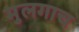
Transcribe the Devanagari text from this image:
मुलगाच